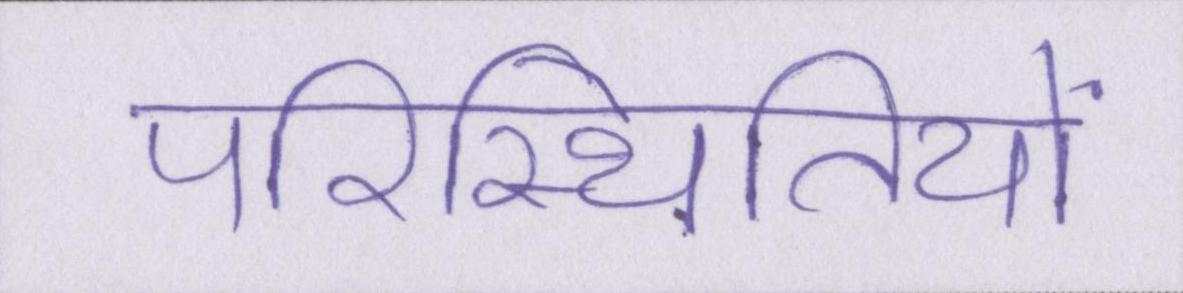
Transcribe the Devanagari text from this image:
परिस्थितियों